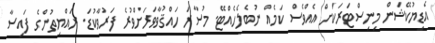
އެޑިޔުކޭޝަން މިނިސްޓަރަކަށް އެއްވެސް ކަމެއް ނުބެލެހެއްޓޭ. މުސާރަ ހައްޤުވާވަރަށްވުރެ ފަރުވާކުޑަ. ރައްޔިތުންގެ ފައިސާ